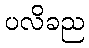
ပလိခည